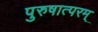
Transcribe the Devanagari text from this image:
पुरुषात्परम्